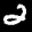
Label: 2